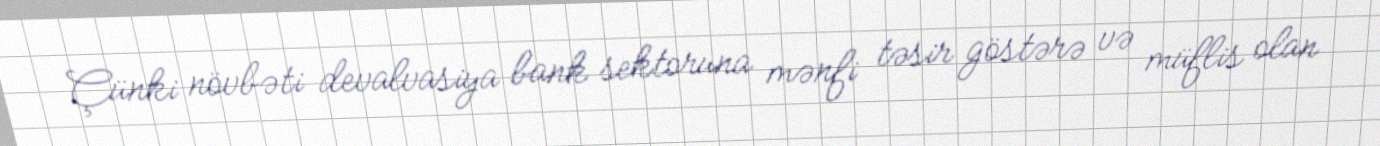
Çünki növbəti devalvasiya bank sektoruna mənfi təsir göstərə və müflis olan